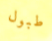
طبول